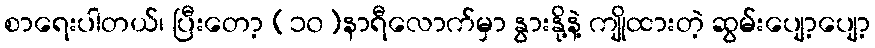
စာရေးပါတယ်၊ ပြီးတော့ (၁၀)နာရီလောက်မှာ နွားနို့နဲ့ ကျိုထားတဲ့ ဆွမ်းပျော့ပျော့